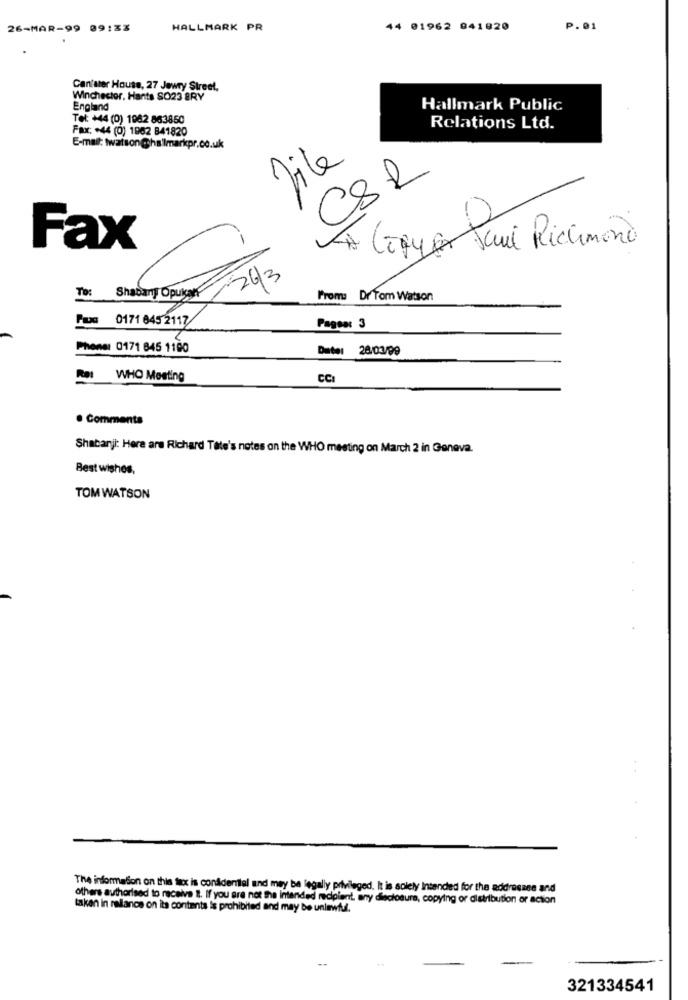
26-MAR-99 09:33
HALLMARK PR
44 01962 841820
p.01
Canister House, 27 Jewry Street.
Winchester, Hants SO23 BRY
England
Hallmark Public
Tel: +44 (0) 1982 863850
Fax: +44 (0) 1962 841820
Relations Ltd.
E-mail: twatson@hallmarkpr.co.uk
file
CSR
-1
À Ligy Jaui Richmond
Fax
To:
TORE /24/3
From: Dr Tom Watson
0171 645 2117
Pagsa: 3
Phener 0171 845 1100
Date: 28/03/99
ROI WHO Meeting
CC
. Comments
Shabanji: Here are Richard Tate's notes on the WHO meeting on March 2 in Geneva.
Best wishes,
TOM WATSON
The information on this fax is confidential and may be legally privileged. It is solely Intended for the addresane and
others authorised to receive 1. If you are not the intended recipient, any disclosure, copying or distribution or action
taken in relance on its contents is prohibited and may be unlawful.
--
321334541